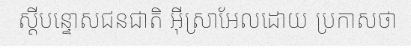
ស្តីបន្ទោសជនជាតិ អ៊ីស្រាអែលដោយ ប្រកាសថា